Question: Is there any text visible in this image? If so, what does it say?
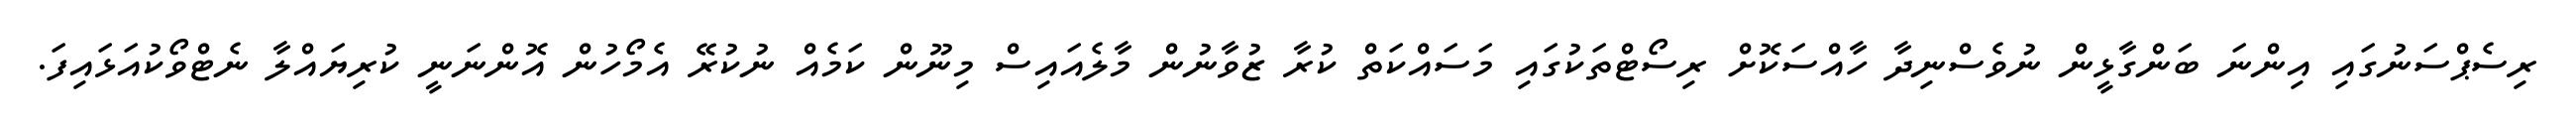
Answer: ރިސެޕްސަނުގައި އިންނަ ބަންގާޅީން ނުވެސްނިދާ ހާއްސަކޮށް ރިސޯޓްތަކުގައި މަސައްކަތް ކުރާ ޒުވާނުން މާލެއައިސް މިނޫން ކަމެއް ނުކުރޭ އެމޯހުން އޮންނަނީ ކުރިޔައްލާ ނެޓްވޯކުއަޅައިފަ.